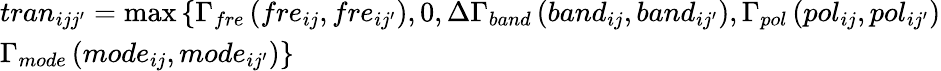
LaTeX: \begin{array}{l}{tra{n_{ijj^{\prime}}}=\operatorname*{max}\left\{ {{\Gamma_{fre}}\left({fr{e_{ij}},fr{e_{ij^{\prime}}}}\right),0,\Delta}\right.{\Gamma_{band}}\left({ban{d_{ij}},ban{d_{ij^{\prime}}}}\right),{\Gamma_{pol}}\left({po{l_{ij}},po{l_{ij^{\prime}}}}\right)}\\ {\left.{{\Gamma_{mode}}\left({mod{e_{ij}},mod{e_{ij^{\prime}}}}\right)}\right\} }\end{array}